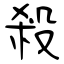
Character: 殺